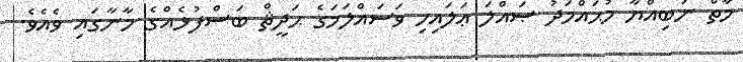
މާތް ނަބިއްޔާ މުޙައްމަދު ޞައްލަ ޢަލައިހި ވަސައްލަމަގެ ޙަދީޘް ބަސްފުޅެއްގެ މާނާގައި ވެއެވެ.